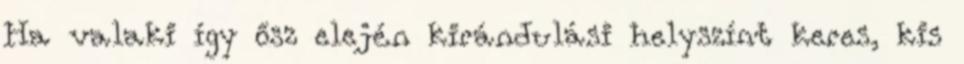
Ha valaki így ősz elején kirándulási helyszínt keres, kis